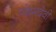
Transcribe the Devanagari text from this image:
पंचमदेवी